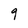
Character: 9